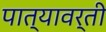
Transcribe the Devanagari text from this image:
पात्यावर्ती